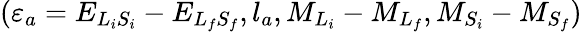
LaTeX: ({\varepsilon}_{a}={E}_{{L}_{i}{S}_{i}}-{E}_{{L}_{f}{S}_{f}},{l}_{a},{M}_{{L}_{i}}-{M}_{{L}_{f}},M_{{S}_{i}}-{M}_{{S}_{f}})